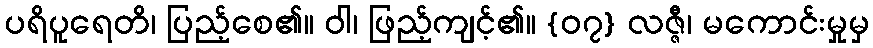
ပရိပူရေတိ၊ ပြည့်စေ၏။ ဝါ၊ ဖြည့်ကျင့်၏။ {၀၇} လဇ္ဇီ၊ မကောင်းမှုမှ